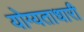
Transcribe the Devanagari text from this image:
योग्यताधारी